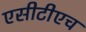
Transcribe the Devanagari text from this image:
एसीटीएच